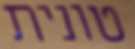
טונית